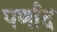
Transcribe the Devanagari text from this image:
पर्णाद